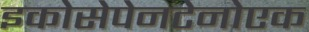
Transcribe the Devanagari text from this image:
इकोसेपेनटेनोएक